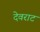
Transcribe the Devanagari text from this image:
देवराट